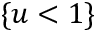
\{ u < 1 \}